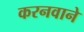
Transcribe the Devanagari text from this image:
करनवाने